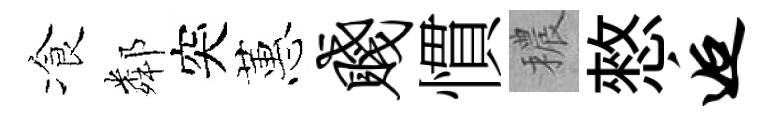
飡鄰突蕙贱慣穠憗逅